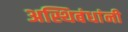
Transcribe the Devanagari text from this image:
अस्थिबंधांनी